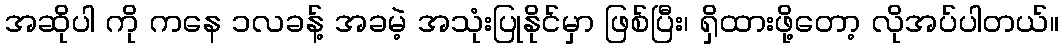
အဆိုပါ ကို ကနေ ၁လခန့် အခမဲ့ အသုံးပြုနိုင်မှာ ဖြစ်ပြီး၊ ရှိထားဖို့တော့ လိုအပ်ပါတယ်။